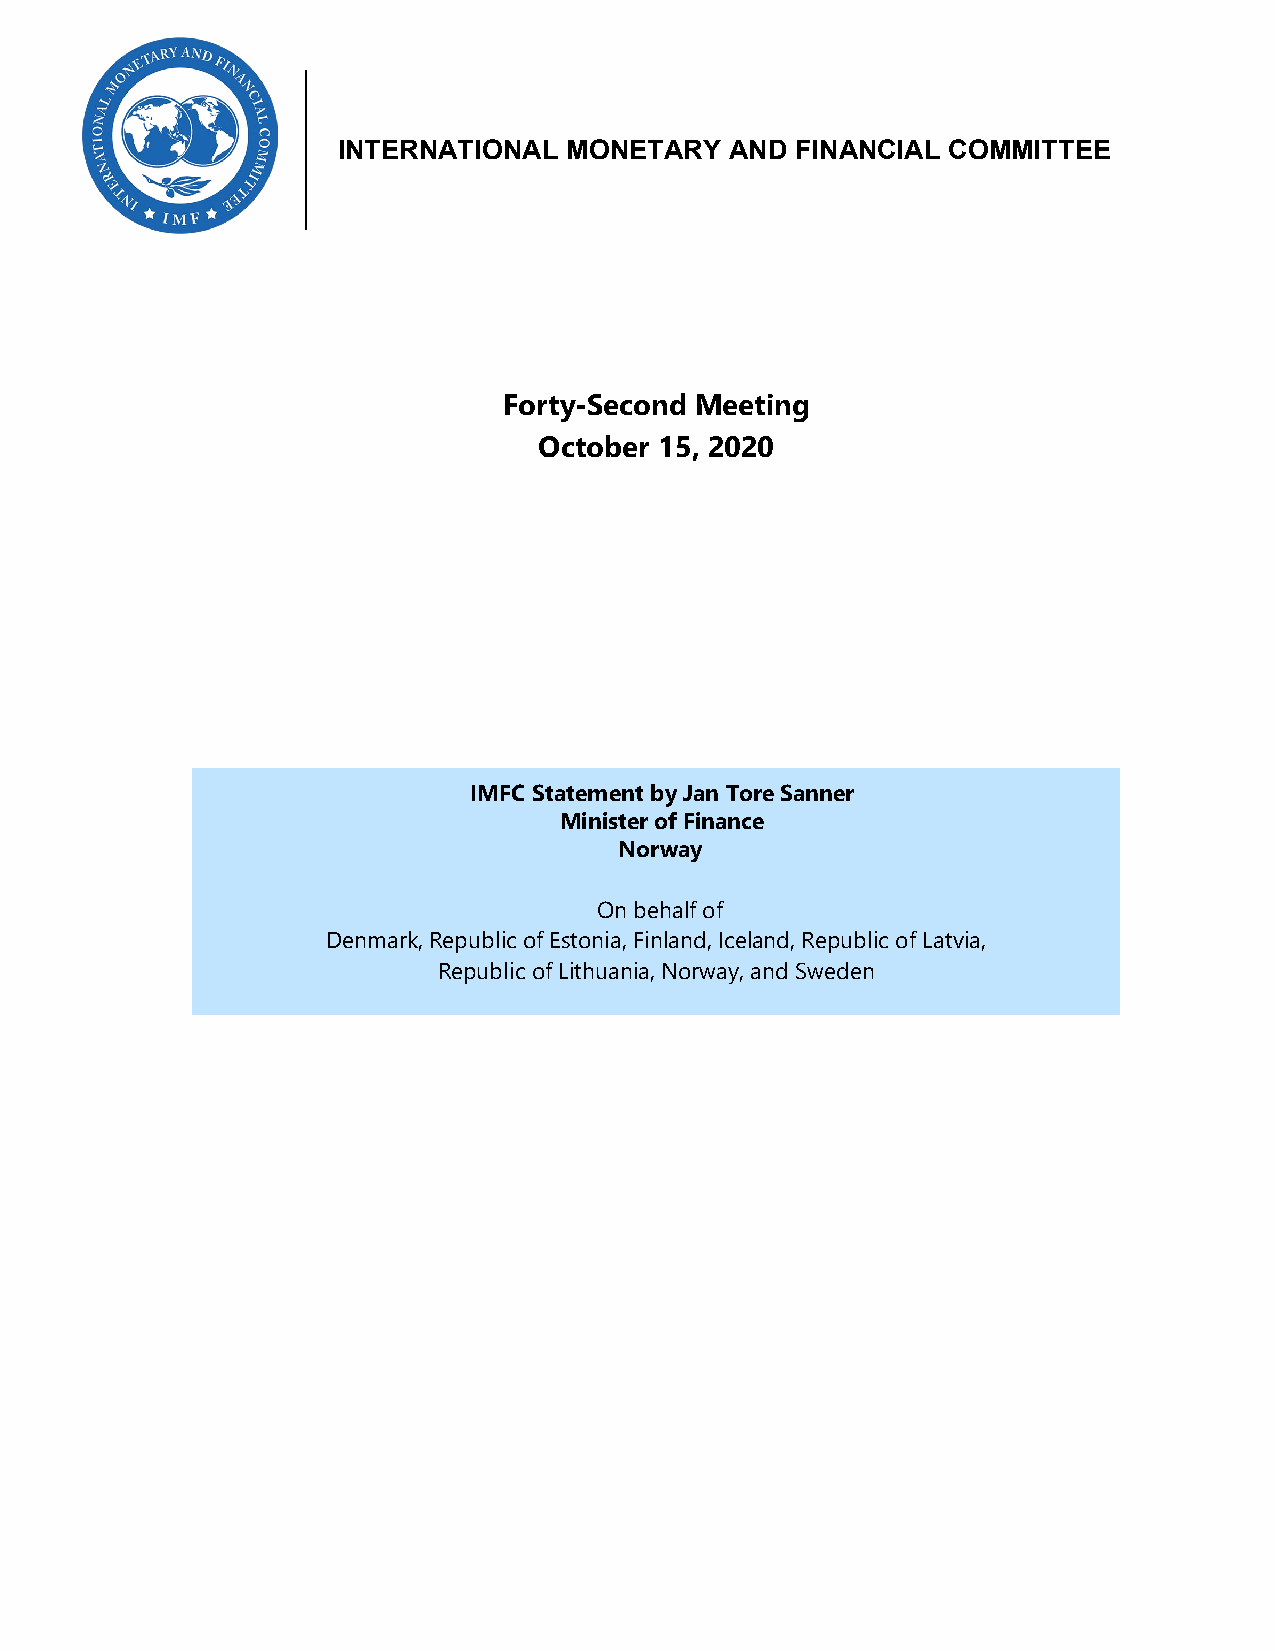
INTERNATIONAL  MONETARY   AND  FINANCIAL COMMITTEE
 Forty-Second Meeting
 October 15, 2020
 IMFC Statement by Jan Tore Sanner
 Minister of Finance
 Norway
 On behalf of
 Denmark, Republic of Estonia, Finland, Iceland, Republic of Latvia,
 Republic of Lithuania, Norway, and Sweden